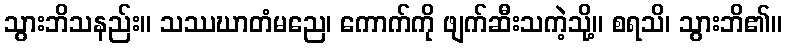
သွားဘိသနည်း။ သဿဃာတံမညေ၊ ကောက်ကို ဖျက်ဆီးသကဲ့သို့။ စရသိ၊ သွားဘိ၏။